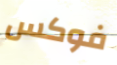
فوكس